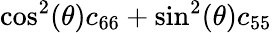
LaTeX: \textrm{cos}^{2}(\theta)c_{66}+\textrm{sin}^{2}(\theta)c_{55}